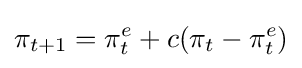
\pi _{t+1}=\pi _{t}^{e}+c(\pi _{t}-\pi _{t}^{e})